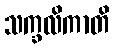
သက္ခလိကာတိ